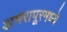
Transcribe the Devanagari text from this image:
अमरापूरमध्ये